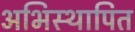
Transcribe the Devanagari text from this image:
अभिस्थापित